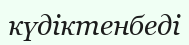
күдіктенбеді